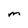
Character: m